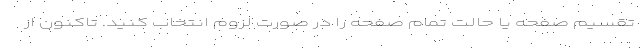
تقسیم صفحه یا حالت تمام صفحه را در صورت لزوم انتخاب کنید. تاکنون از